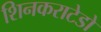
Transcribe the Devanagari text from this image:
शिनकराटेडो